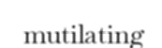
mutilating